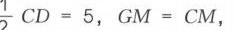
\(\frac{1}{2}CD = 5\)，\(GM = CM\)，